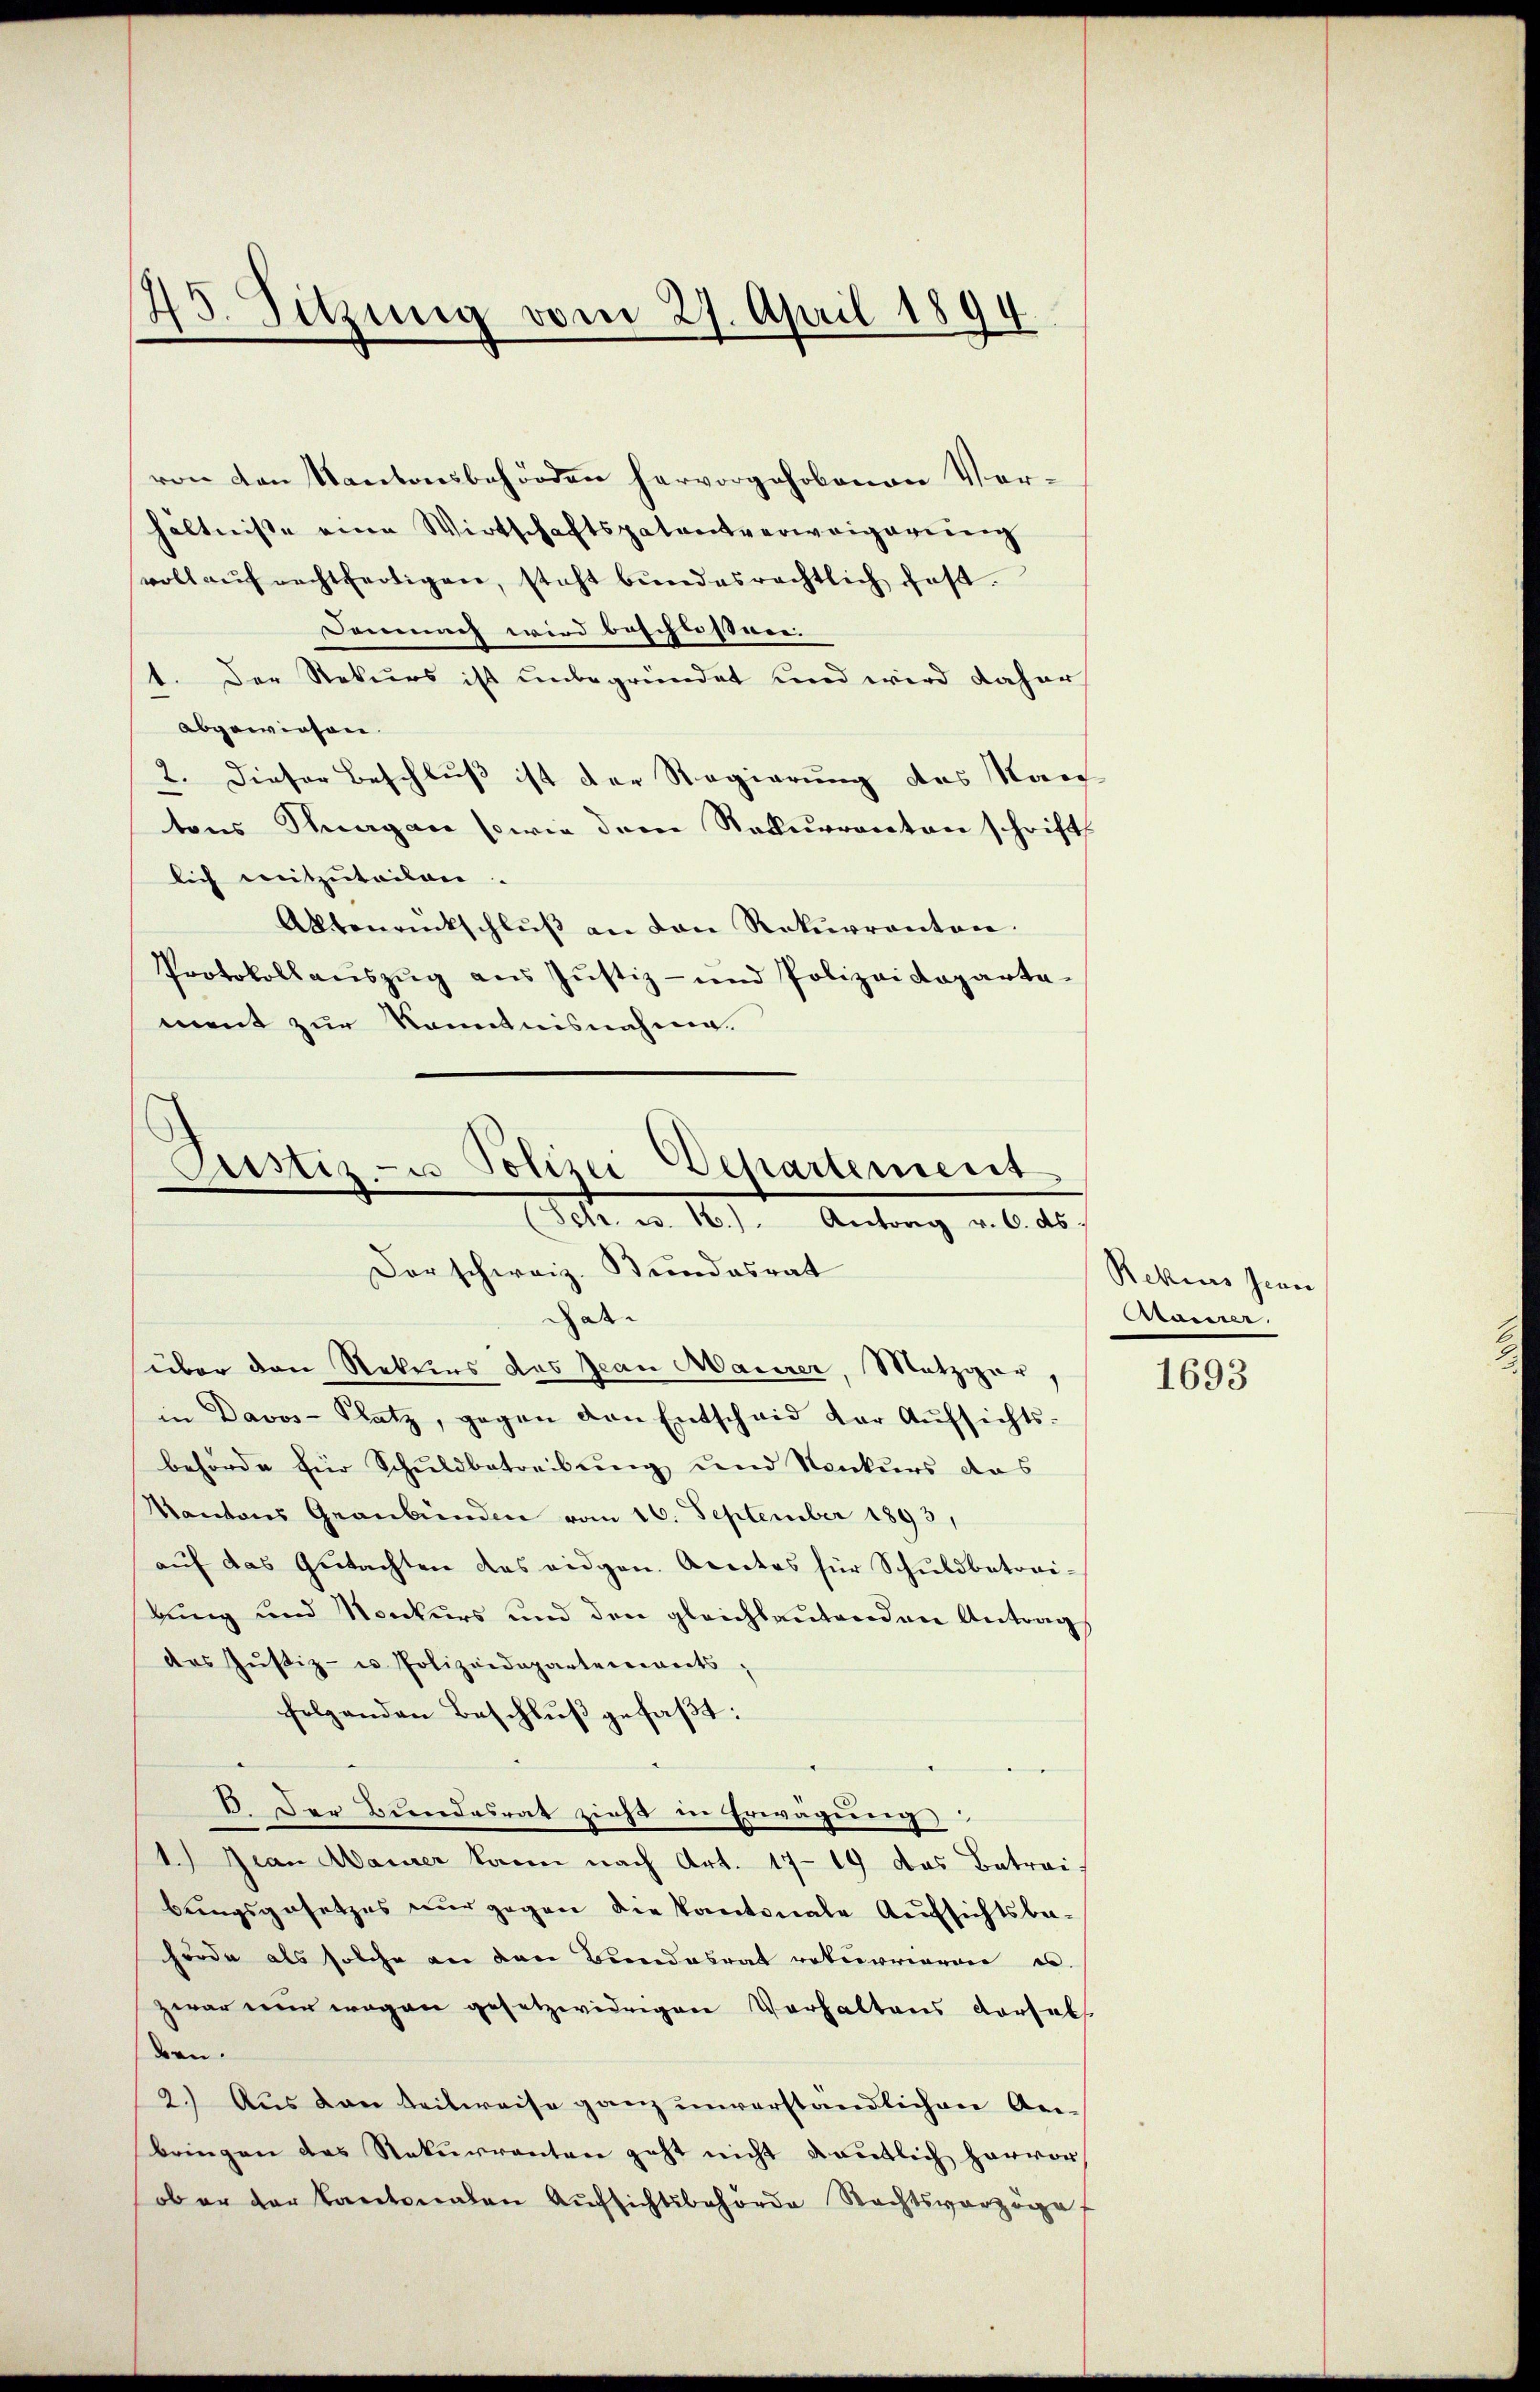
.
5. Sitzung vom 27. April 1894.

von den Kantonsbehörden hervorgehobenen Verhältnisse eine Wirtschaftspatentverweigerung
voll aŭfrechtfertigen, steht bŭndesrechtlich fest.
Demnach wird beschlossner.
1. Der Rekurs ist unbegründet und wird daher
abgewiesen.
2. Dieser Beschluß ist der Regierung des Kan-
tens Thurgan sowie dem Rekurrenten schrift
lich mitzuteilen.
Aktenantschlŭβ an den Rekurrenten.
Protokollaŭszŭg aŭs Jŭstiz- und Polizeideparta
ment zur Kenntnisnahme.
dat
über den Rekurs das Jean Maurer, Metzgar,
in Davos- Platz, gegen den Entscheid der Aŭfsichts-
behörde für Schuldbetreibung und Konkurs das
Kantons Graubünden vom 16. September 1893,
auf das Gutachten das eidgen. Arectes für Schuldbetraibung und Konkurs und den gleichlautenden Antrag
des Jŭstiz- u. Polizeideparterereits,
folgenden Beschluß gefaßt:
B. Der Bundesrat zieht in Erwägung
1.) Jean Maurer kann nach Art. 1719 das Betrai
bungsgesetzes nur gegen die Kantonale Aufsichtsbe-
hörde als solche an den Bundesrat rekurrieren u.
zwar nur wegen gesetzwidrigen Verhaltens dersel
den.
2.) Aus den teilweise ganz unverständlichen Anbringen des Rekurrenten geht nicht deutlich hervor,
ober der Kantonalen Aŭfsichtsbehörde Rechtsverzöge

Justiz- u Polizei Departement
1 Petr. v. 16.) Antrag v. 6. ds.
Dorschweiz. Bundesrat

Rekurs sein
Atauner

1693